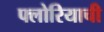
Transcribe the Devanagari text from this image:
फ्लोरियाची